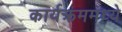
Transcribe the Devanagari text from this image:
कार्यक्रममध्ये